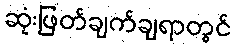
ဆုံးဖြတ်ချက်ချရာတွင်